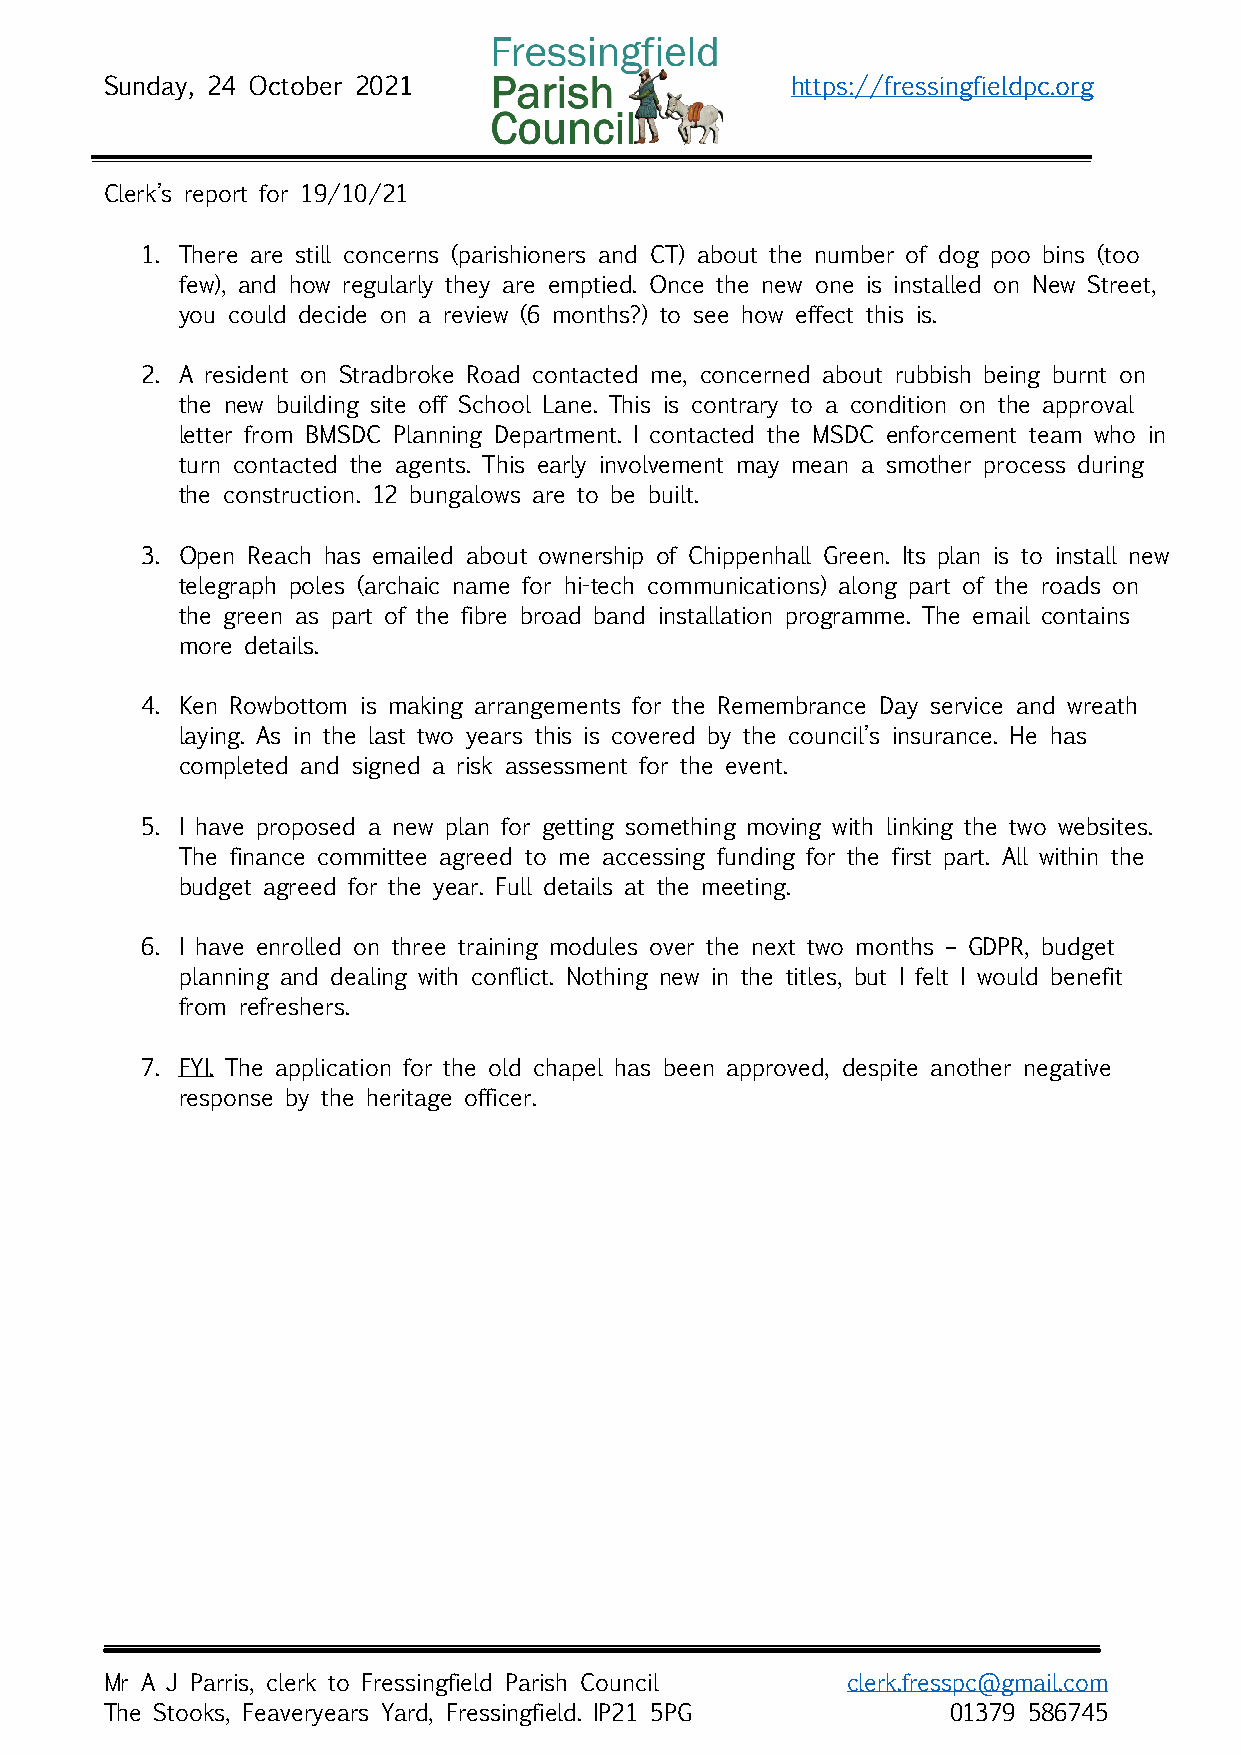
Sunday, 24 October 2021                      https://fressingfieldpc.org
 Clerk’s report for 19/10/21
 1. There are still concerns (parishioners and CT) about the number of dog poo bins (too
 few), and how regularly they are emptied. Once the new one is installed on New Street,
 you could decide on a review (6 months?) to see how effect this is.
 2. A resident on Stradbroke Road contacted me, concerned about rubbish being burnt on
 the new building site off School Lane. This is contrary to a condition on the approval
 letter from BMSDC Planning Department. I contacted the MSDC enforcement team who in
 turn contacted the agents. This early involvement may mean a smother process during
 the construction. 12 bungalows are to be built.
 3. Open Reach has emailed about ownership of Chippenhall Green. Its plan is to install new
 telegraph poles (archaic name for hi-tech communications) along part of the roads on
 the green as part of the fibre broad band installation programme. The email contains
 more details.
 4. Ken Rowbottom is making arrangements for the Remembrance Day service and wreath
 laying. As in the last two years this is covered by the council’s insurance. He has
 completed and signed a risk assessment for the event.
 5. I have proposed a new plan for getting something moving with linking the two websites.
 The finance committee agreed to me accessing funding for the first part. All within the
 budget agreed for the year. Full details at the meeting.
 6. I have enrolled on three training modules over the next two months – GDPR, budget
 planning and dealing with conflict. Nothing new in the titles, but I felt I would benefit
 from refreshers.
 7. FYI. The application for the old chapel has been approved, despite another negative
 response by the heritage officer.
 Mr A J Parris, clerk to Fressingfield Parish Council clerk.fresspc@gmail.com
 The Stooks, Feaveryears Yard, Fressingfield. IP21 5PG   01379 586745